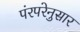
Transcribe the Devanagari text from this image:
पंरपरेनुसार